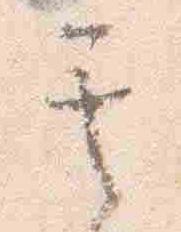
其